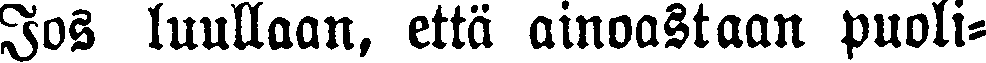
Jos luullaan, että ainoastaan puoli-